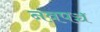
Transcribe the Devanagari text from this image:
नवपञ्च